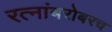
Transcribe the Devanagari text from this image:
रत्‍नांबरोबरच